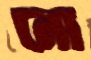
নো